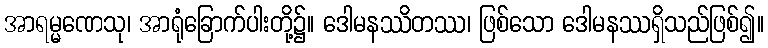
အာရမ္မဏေသု၊ အာရုံခြောက်ပါးတို့၌။ ဒေါမနဿိတဿ၊ ဖြစ်သော ဒေါမနဿရှိသည်ဖြစ်၍။